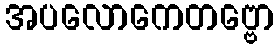
အပလောကေတဗ္ဗော